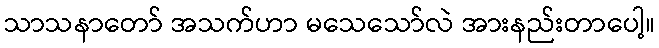
သာသနာတော် အသက်ဟာ မသေသော်လဲ အားနည်းတာပေါ့။